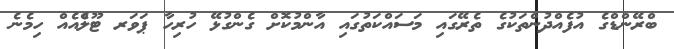
ބްރޭންޑްގެ އުފެއްދުންތަކުގެ ތެރޭގައި މަސައްކަތުގައި އާންމުކޮށް ގެންގުޅޭ ހުރިހާ ޕަވަރ ޓޫލްެއެއް ހިމެނެ